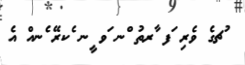
ުޗގެ ވެރި ަފ ާރތު ްނ ަވ ީނ ެކރޭ ެނއް އެ